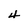
Character: 4